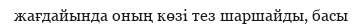
жағдайында оның көзі тез шаршайды, басы